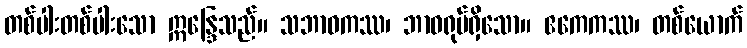
တစ်ပါးတစ်ပါးသော ဣန္ဒြေသည်။ သဘာဝကဿ၊ ဘာဝရုပ်ရှိသော။ ဧကေကဿ၊ တစ်ယောက်